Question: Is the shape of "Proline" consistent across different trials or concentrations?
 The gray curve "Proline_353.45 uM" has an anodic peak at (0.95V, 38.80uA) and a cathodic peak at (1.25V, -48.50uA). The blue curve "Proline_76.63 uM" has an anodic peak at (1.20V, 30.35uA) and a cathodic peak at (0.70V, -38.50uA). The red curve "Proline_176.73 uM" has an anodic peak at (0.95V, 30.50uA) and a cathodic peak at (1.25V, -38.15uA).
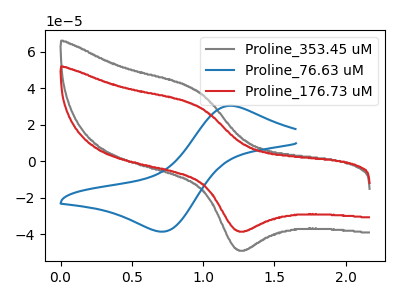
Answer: <think>"Proline_353.45 uM" and "Proline_76.63 uM" have at least one peak that do not match. All the peaks in "Proline_353.45 uM" have a peak in "Proline_176.73 uM" at the same potential. Every peak in "Proline_353.45 uM" is higher than every peak in "Proline_176.73 uM". "Proline_76.63 uM" and "Proline_176.73 uM" have at least one peak that do not match.
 </think>
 <answer>All the CV's of "Proline" have similar shape.</answer>
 <eval>follow_rule</eval>